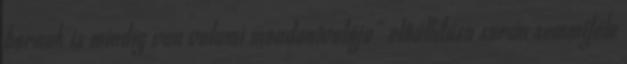
bornak is mindig van valami mondanivalója” elôállítása során semmiféle